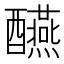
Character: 醼